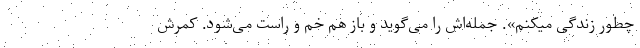
چطور زندگی میکنم». جمله‌اش را می‌گوید و باز هم خم و راست می‌شود. کمرش